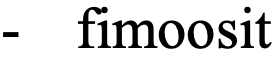
-  fimoosit